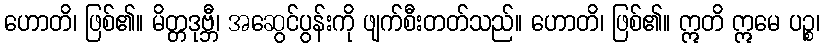
ဟောတိ၊ ဖြစ်၏။ မိတ္တဒုဗ္ဘီ၊ အဆွေင်ပွန်းကို ဖျက်စီးတတ်သည်။ ဟောတိ၊ ဖြစ်၏။ ဣတိ ဣမေ ပဉ္စ၊